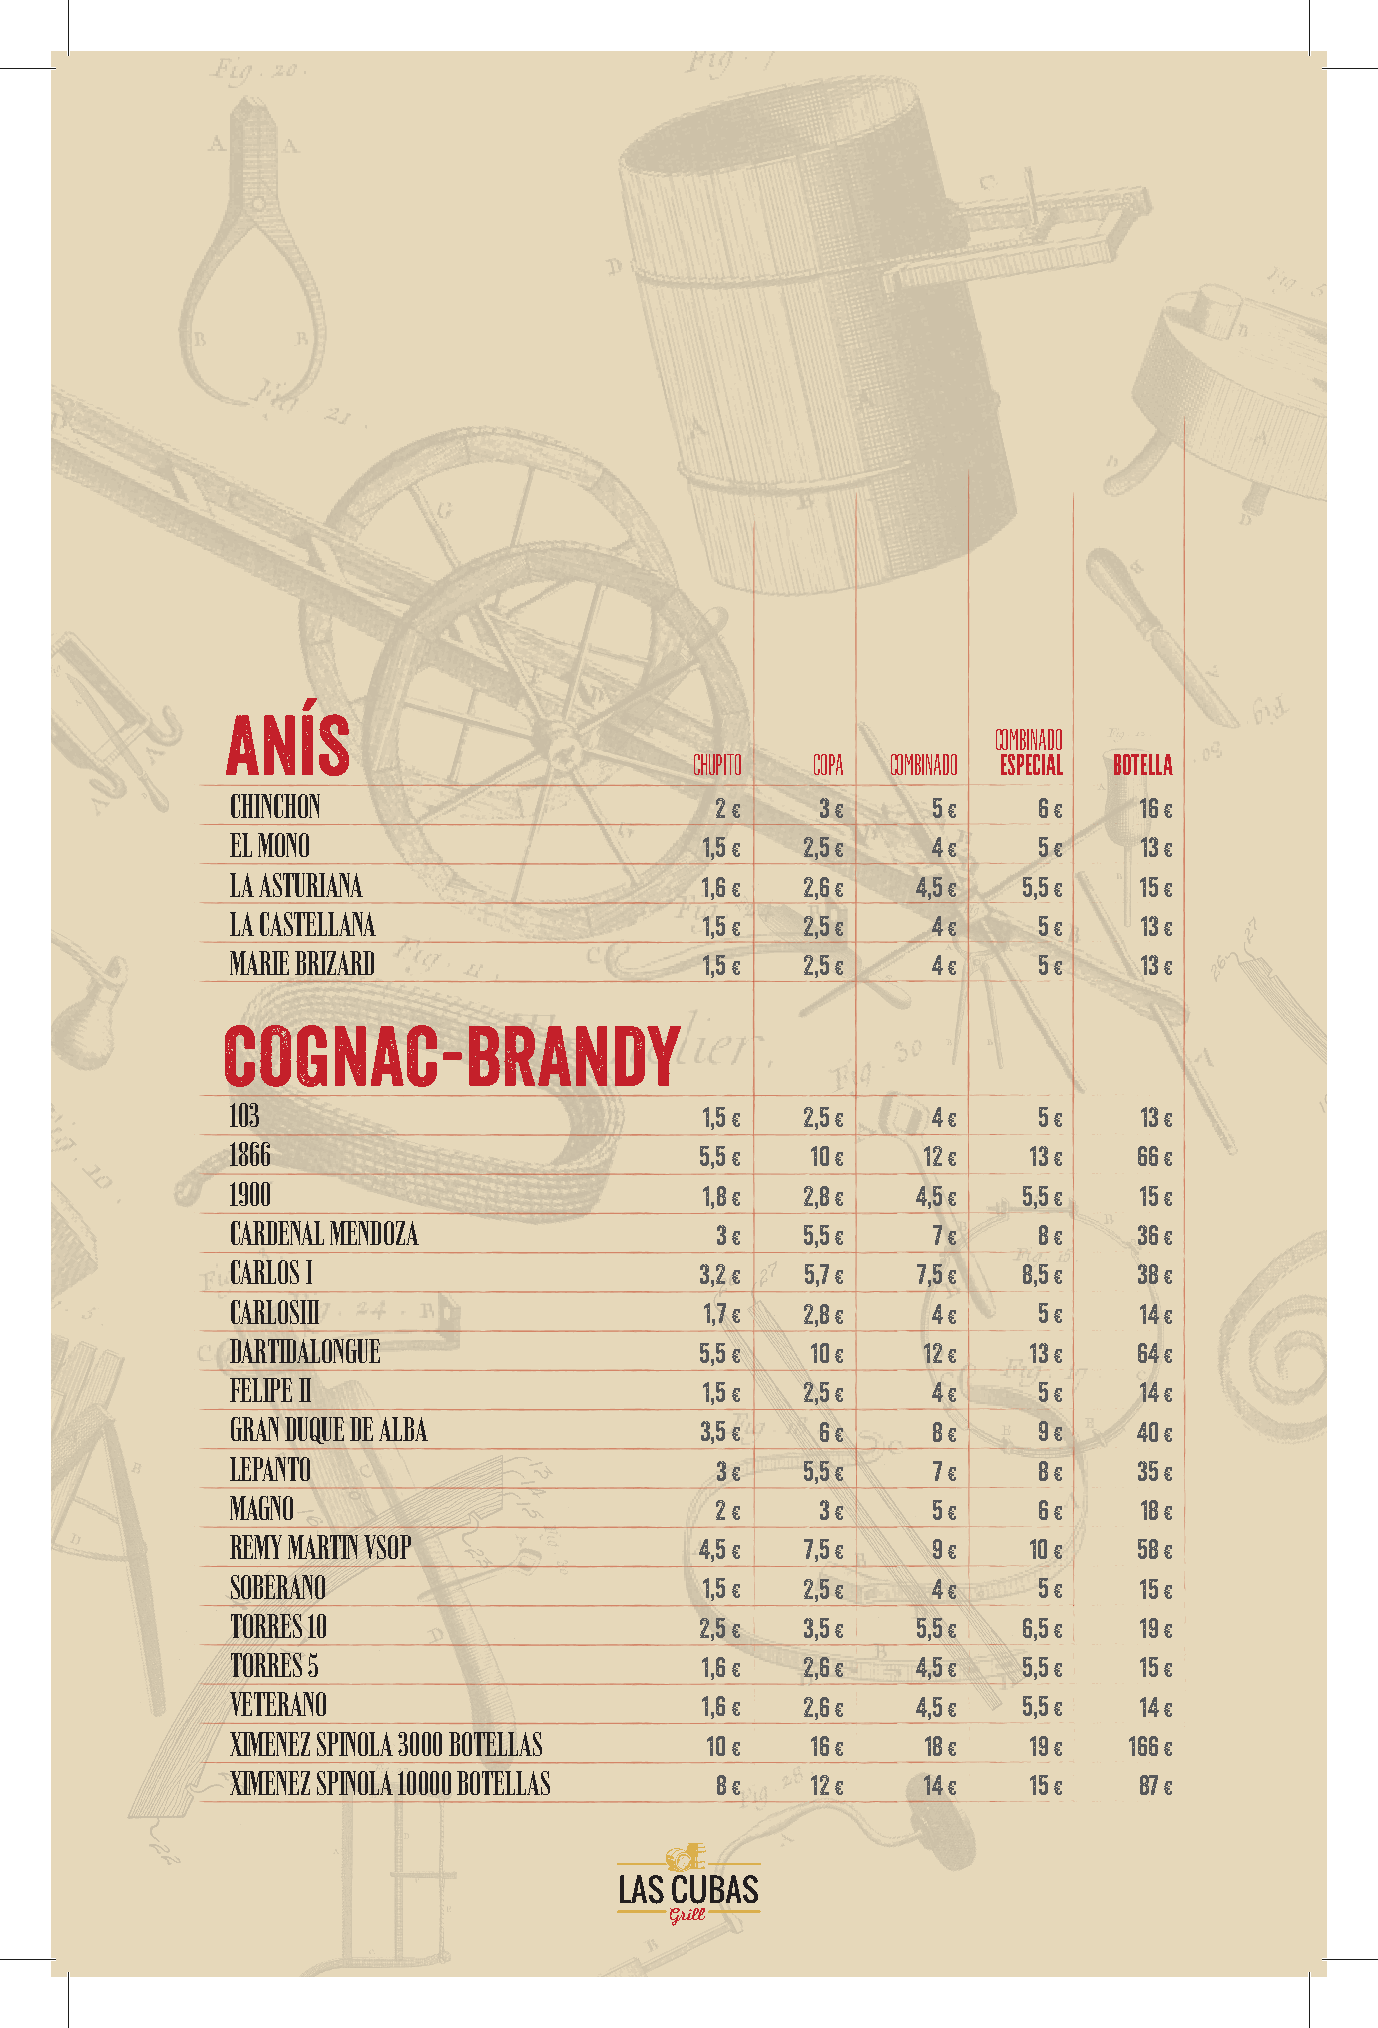
ANÍS
 COMBINADO
 CHUPITO COPA COMBINADO ESPECIAL BOTELLA
 CHINCHON
 2 €    3 €     5 €    6 €   16 €
 EL MONO
 1,5 € 2,5 €    4 €    5 €   13 €
 LA ASTURIANA
 1,6 €  2,6 €   4,5 €  5,5 €  15 €
 LA CASTELLANA
 1,5 € 2,5 €    4 €    5 €   13 €
 MARIE BRIZARD
 1,5 € 2,5 €    4 €    5 €   13 €
 COGNAC-BRANDY
 103
 1,5 € 2,5 €    4 €    5 €   13 €
 1866
 5,5 €   10 €   12 €   13 €   66 €
 1900
 1,8 € 2,8 €   4,5 €  5,5 €  15 €
 CARDENAL MENDOZA
 3 €   5,5 €    7 €    8 €   36 €
 CARLOS I
 3,2 €  5,7 €   7,5 €  8,5 €  38 €
 CARLOSIII
 1,7 € 2,8 €    4 €    5 €   14 €
 DARTIDALONGUE
 5,5 €   10 €   12 €   13 €   64 €
 FELIPE II
 1,5 € 2,5 €    4 €    5 €   14 €
 GRAN DUQUE DE ALBA
 3,5 €   6 €     8 €    9 €   40 €
 LEPANTO
 3 €   5,5 €    7 €    8 €   35 €
 MAGNO
 2 €    3 €     5 €    6 €   18 €
 REMY MARTIN VSOP
 4,5 €  7,5 €    9 €   10 €   58 €
 SOBERANO
 1,5 € 2,5 €    4 €    5 €   15 €
 TORRES 10
 2,5 €  3,5 €   5,5 €  6,5 €  19 €
 TORRES 5
 1,6 €  2,6 €   4,5 €  5,5 €  15 €
 VETERANO
 1,6 €  2,6 €   4,5 €  5,5 €  14 €
 XIMENEZ SPINOLA 3000 BOTELLAS
 10 €   16 €   18 €   19 €   166 €
 XIMENEZ SPINOLA 10000 BOTELLAS
 8 €    12 €   14 €   15 €   87 €